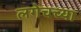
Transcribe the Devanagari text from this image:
लगेचच्या